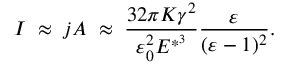
I \; \approx \; j A \; \approx \; \frac { 3 2 \pi K \gamma ^ { 2 } } { \varepsilon _ { 0 } ^ { 2 } E ^ { * ^ { 3 } } } \frac { \varepsilon } { ( \varepsilon - 1 ) ^ { 2 } } .